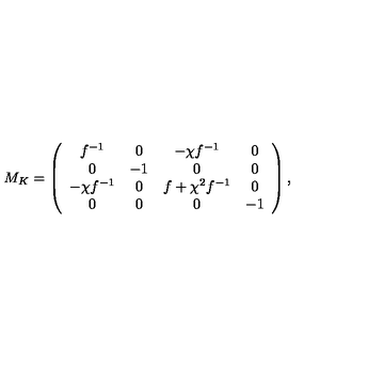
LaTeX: M _ { K } = \left( \begin{array} { c c c c } { f ^ { - 1 } } & { 0 } & { - \chi f ^ { - 1 } } & { 0 } \\ { 0 } & { - 1 } & { 0 } & { 0 } \\ { - \chi f ^ { - 1 } } & { 0 } & { f + \chi ^ { 2 } f ^ { - 1 } } & { 0 } \\ { 0 } & { 0 } & { 0 } & { - 1 } \\ \end{array} \right) ,